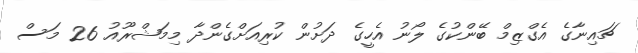
ޗައިނާގެ އެގްޒިމް ބޭންކުގެ ލޯނު އެހީގެ ދަށުން ކުރިއަށްގެންދާ މިމަޝްރޫއު 26 މަސް